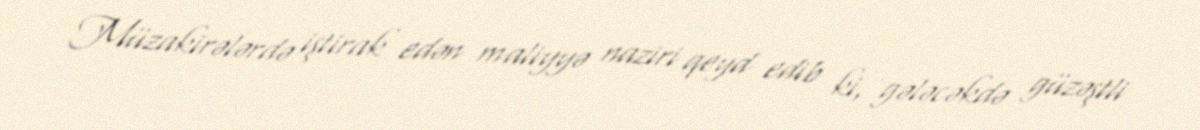
Müzakirələrdə iştirak edən maliyyə naziri qeyd edib ki, gələcəkdə güzəştli